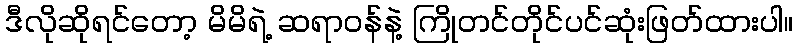
ဒီလိုဆိုရင်တော့ မိမိရဲ့ ဆရာဝန်နဲ့ ကြိုတင်တိုင်ပင်ဆုံးဖြတ်ထားပါ။